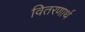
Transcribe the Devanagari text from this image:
वितरणार्थ